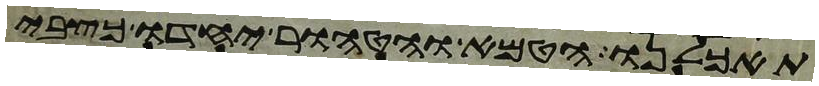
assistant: תאכלנו הטמא והטהור יחדו כצבי